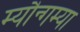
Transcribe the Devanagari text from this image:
म्यौन्गम्या